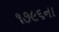
૧૭૯૬ના